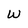
Character: w